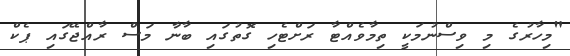
"މިހާރުގެ މި ވިސްނުމަކީ ތިމާވެއްޓާ ރަށްޓެހި ގޮތުގައި ބާނާ މަސް ރާއްޖޭގައި ޕެކް